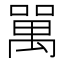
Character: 𠾧